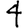
Digit: 4